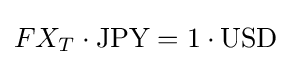
FX_{T}\cdot {\text{JPY}}=1\cdot {\text{USD}}